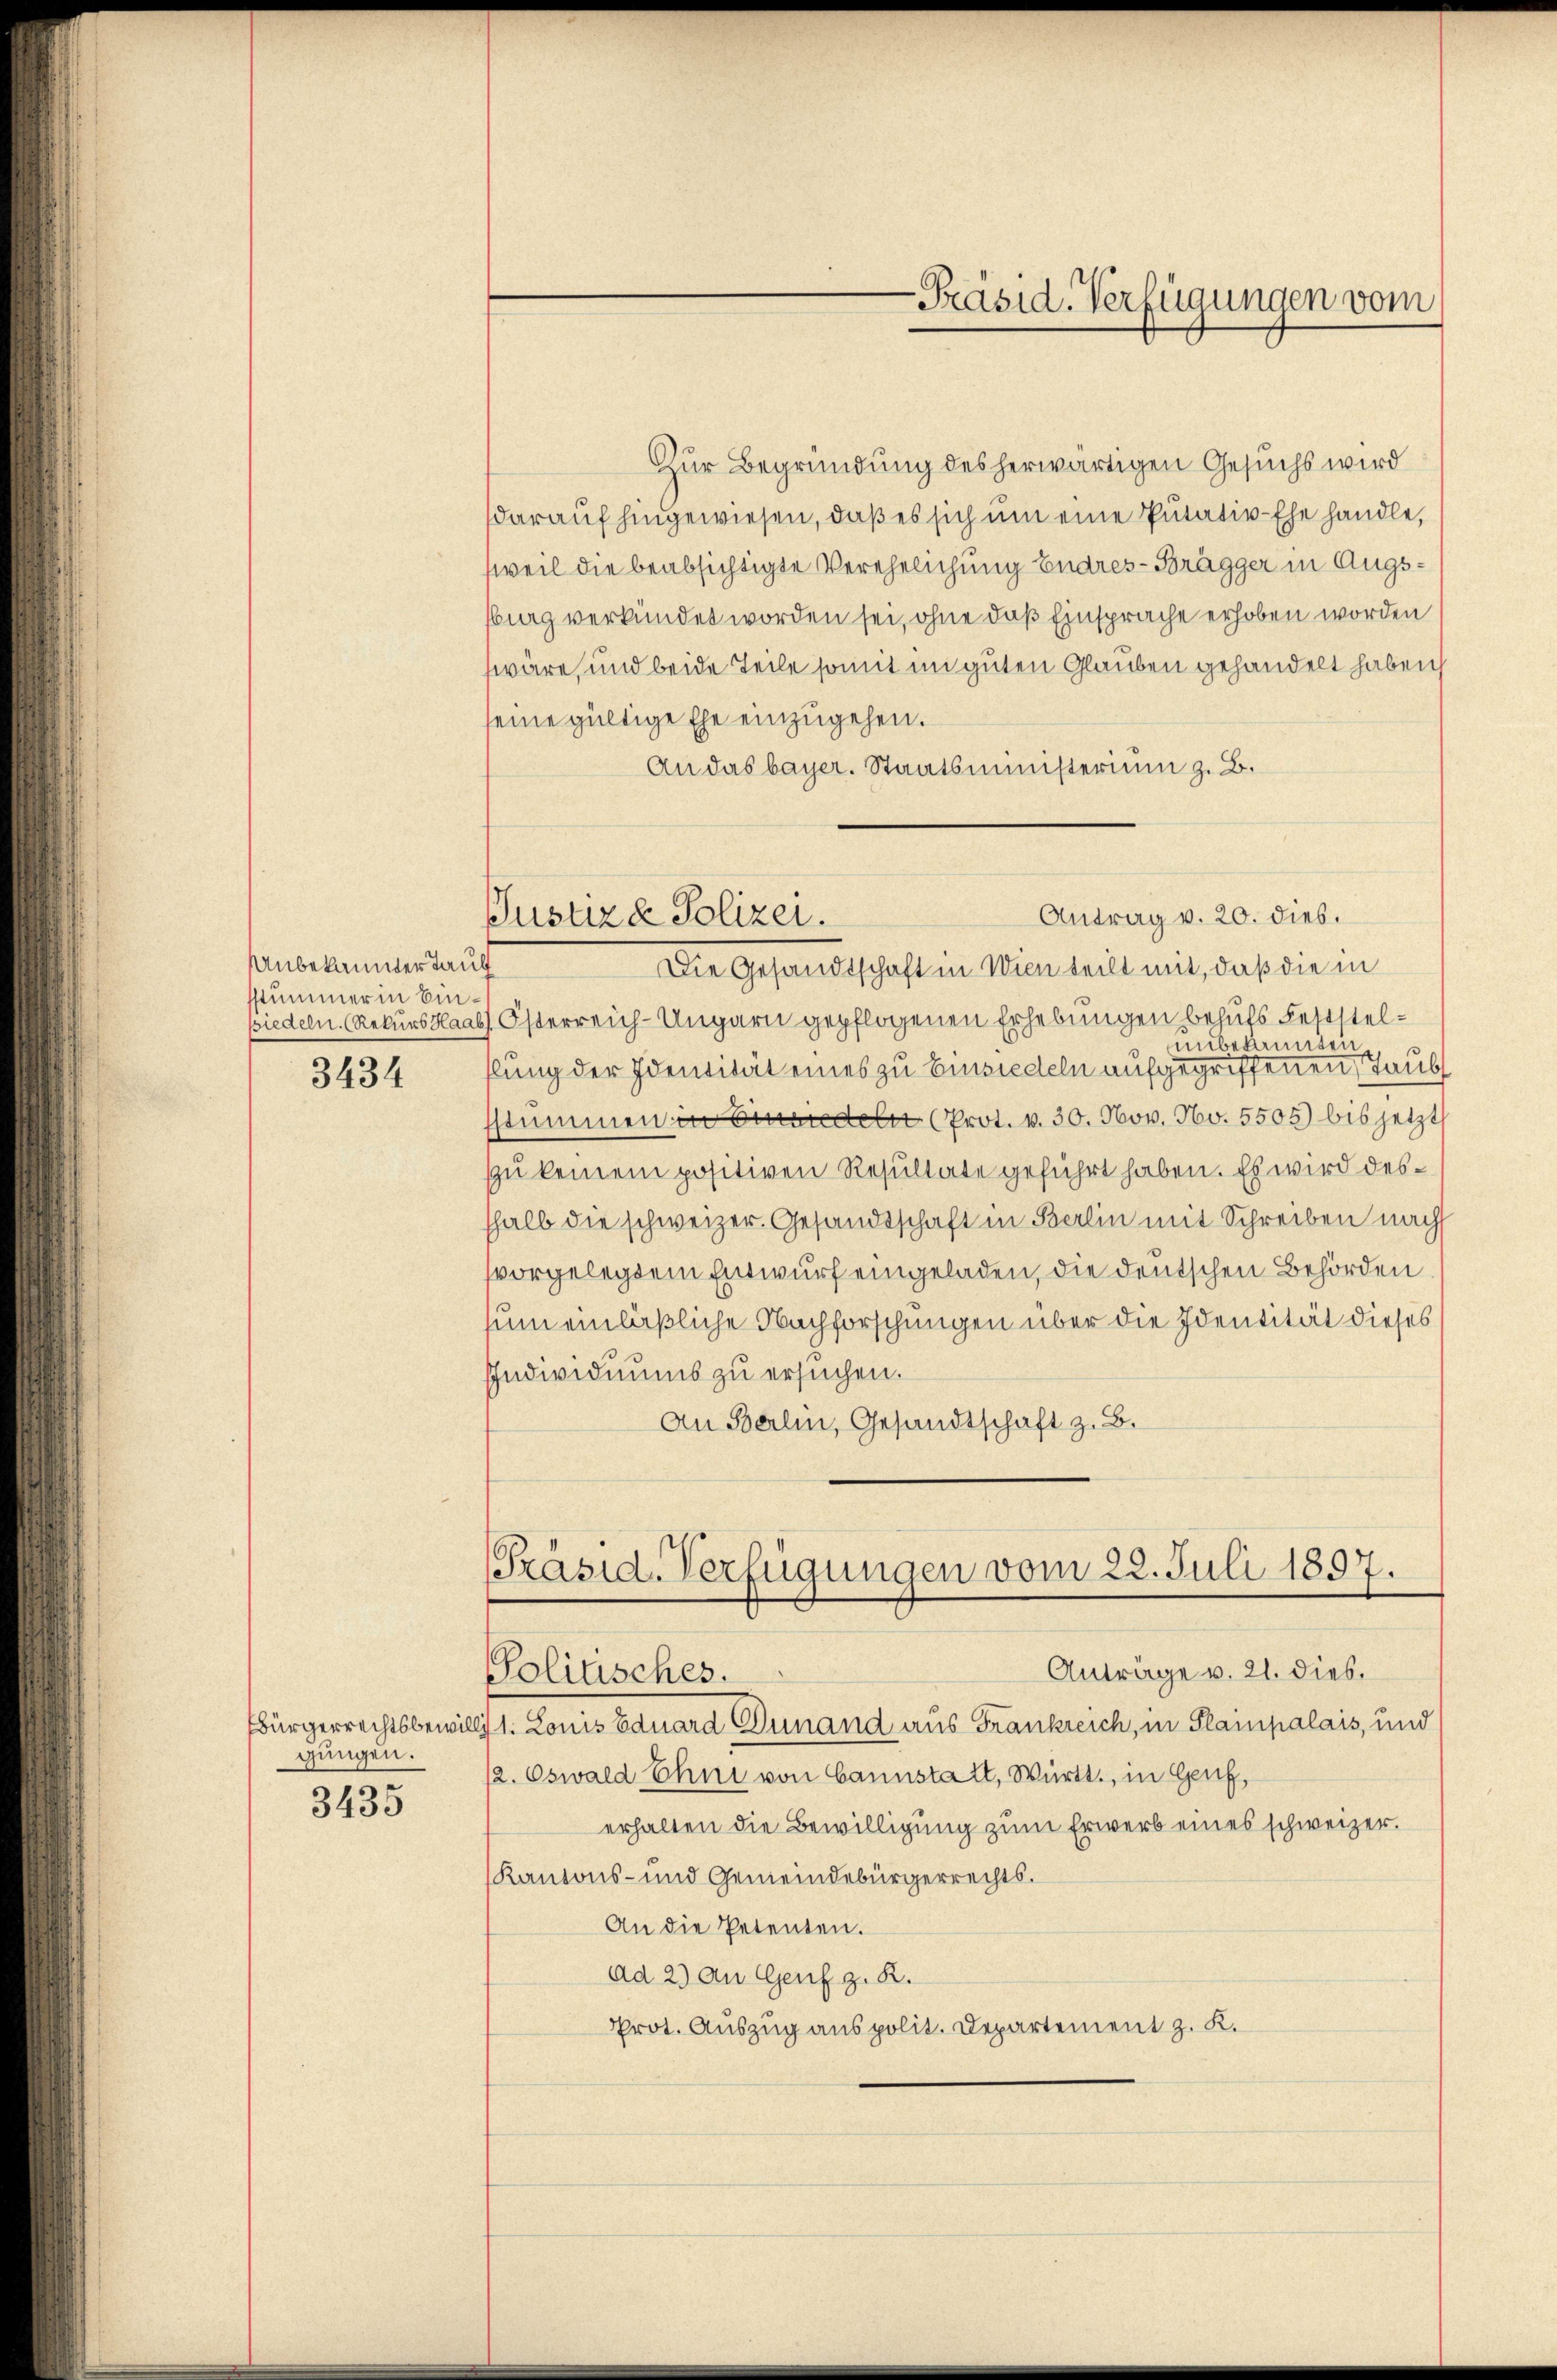
nbekannter Tauf
sstummer in Ein¬

3434

gungen.
3435

-Präsid. Verfügungen vom

Zur Begründung des herwärtigen Gesuchs wird
darauf hingewiesen, daß es sich um eine Putativ-Ehe handle,
sweil die beabsichtigte Verehelichung Endres-Brägger in Augssburg verkündet worden sei, ohne daß Einsprache erhoben worden
wäre, und beide Teile somit im guten Glauben gehandelt haben,
seine gültige Ehe einzugehen.
An das bayer. Staatsministerium z. B.

Antrag v. 20. dies.
Justiz & Polizei.
Die Gesandtschaft in Wien teilt mit, daß die in

wiedeln. (Rekurs Haab, Österreich-Ungarn gepflogenen Erhebungen behufs Feststelunbekannten
hlung der Identität eines zu Einsiedeln aufgegriffenen Taub
stummen in Frieder Prot. v. 30. Nov. No. 5505 bis jetzt
zzu keinem positiven Resultate geführt haben. Es wird desshalb die schweizer. Gesandtschaft in Berlin mit Schreiben nach
vvorgelegtem Entwurf eingeladen, die deutschen Behörden
sum einläßliche Nachforschungen über die Identität dieses
Individuums zu ersuchen.
An Berlin, Gesandtschaft z. B.

[Präsid.-Verfügungen vom 22. Juli 1897.
Anträge v. 21. dies.
Solitisches.
bürgerrechtsbewilligt. Louis Bauard Dunand aus Frankreich, in Slampalais, und

12. Oswald Ehni von Cannstalt, Württ., in Genf,
erhalten die Bewilligung zum Erwerb eines schweizer.
Kantons- und Gemeindebürgerrechts¬
An die Petenten.
ad 2. An Genf z. R.
Prot. Auszug aus polit. Departement z. K.